Civil Veterinary Department. Central Provinces & Berar 1932-41 - 1932-1941
Year: 1932
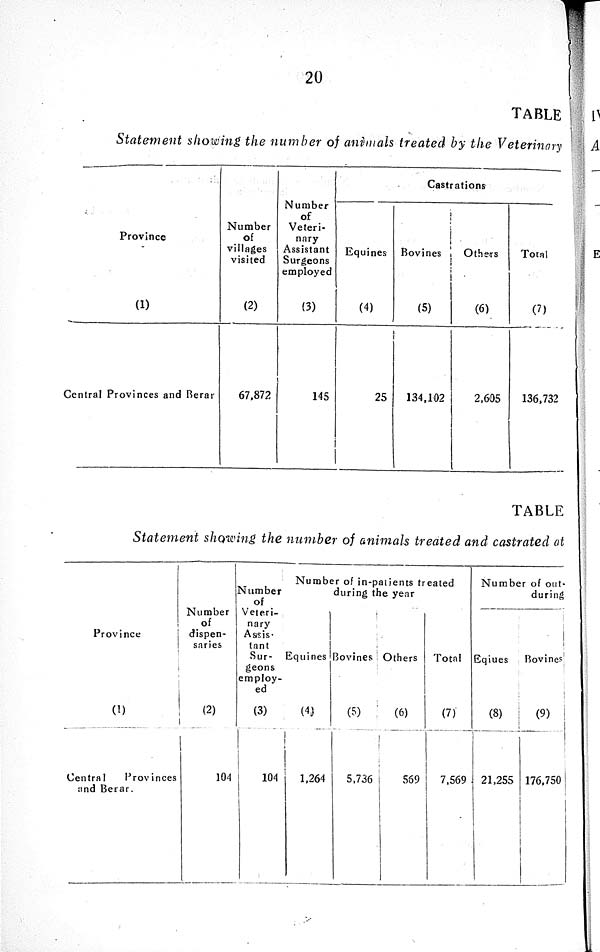
20
TABLE
Statement showing the number of animals treated by the Veterinary
Province
(1)
Central Provinces and Berar
Number
of
villages
visited
(2)
67,872
Number
of
Veteri-
nary
Assistant
Surgeons
employed
(3)
145
Castrations
Equines
(4)
25
Bovines
(5)
134,102
Others
(6)
2,605
Total
(7)
136,732
TABLE
Statement showing the number of animals treated and castrated at
Province
(1)
Central
Provinces
and Berar.
Number
of
dispen-
saries
(2)
104
Number
of
Veteri-
nary
Assis-
tant
Sur-
geons
employ-
ed
(3)
104
Number of in-patients treated
during the year
Equines
(4)
1,264
Bovines
(5)
5,736
Others
(6)
569
Total
(7)
7,569
Number of out-
during
Eqines
(8)
21,255
Bovines
(9)
176,750